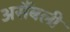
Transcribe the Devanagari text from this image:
असैंबली